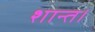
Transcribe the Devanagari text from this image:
शान्त।